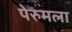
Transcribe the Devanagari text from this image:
पेरुमला